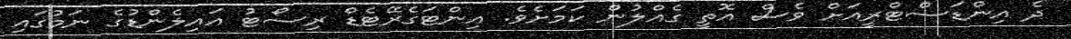
ދެ އިންޑަސްޓްރީއަށް ވެސް އޮތީ ގެއްލުން ކަމަށެވެ. އިންޓަގެރޭޓެޑް ރިސޯޓު އައިލެންޑުގެ ނަމުގައި